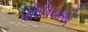
સોલિયાએ